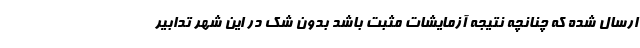
ارسال شده که چنانچه نتیجه آزمایشات مثبت باشد بدون شک در این شهر تدابیر